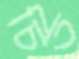
চিত